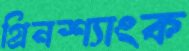
গ্রিনশ্যাংক